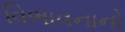
વિભાવનાનો